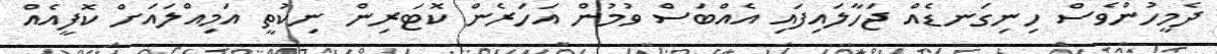
ދެމީހުންވެސް ހިނިގަނޑެއް ޖަހާލައިފައި އެއްބަސް ވުމުން އަހަރެން ކޮޓަރިން ނިކުތީ އަމިއްލައަށް ކޮފީއެއް